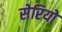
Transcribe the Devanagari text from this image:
सेरियो